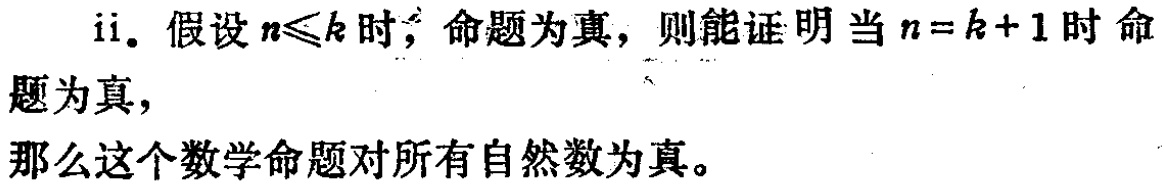
ii. 假设 \(n\leqslant k\) 时，命题为真，则能证明当 \(n = k + 1\) 时命题为真，

那么这个数学命题对所有自然数为真。